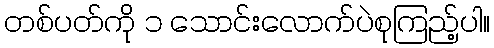
တစ်ပတ်ကို ၁ သောင်းလောက်ပဲစုကြည့်ပါ။